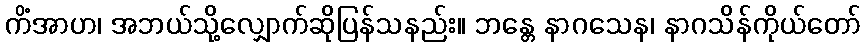
ကိံအာဟ၊ အဘယ်သို့လျှောက်ဆိုပြန်သနည်း။ ဘန္တေ နာဂသေန၊ နာဂသိန်ကိုယ်တော်